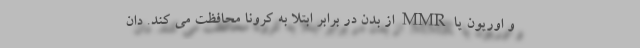
و اوریون یا MMR از بدن در برابر ابتلا به کرونا محافظت می کند. دان